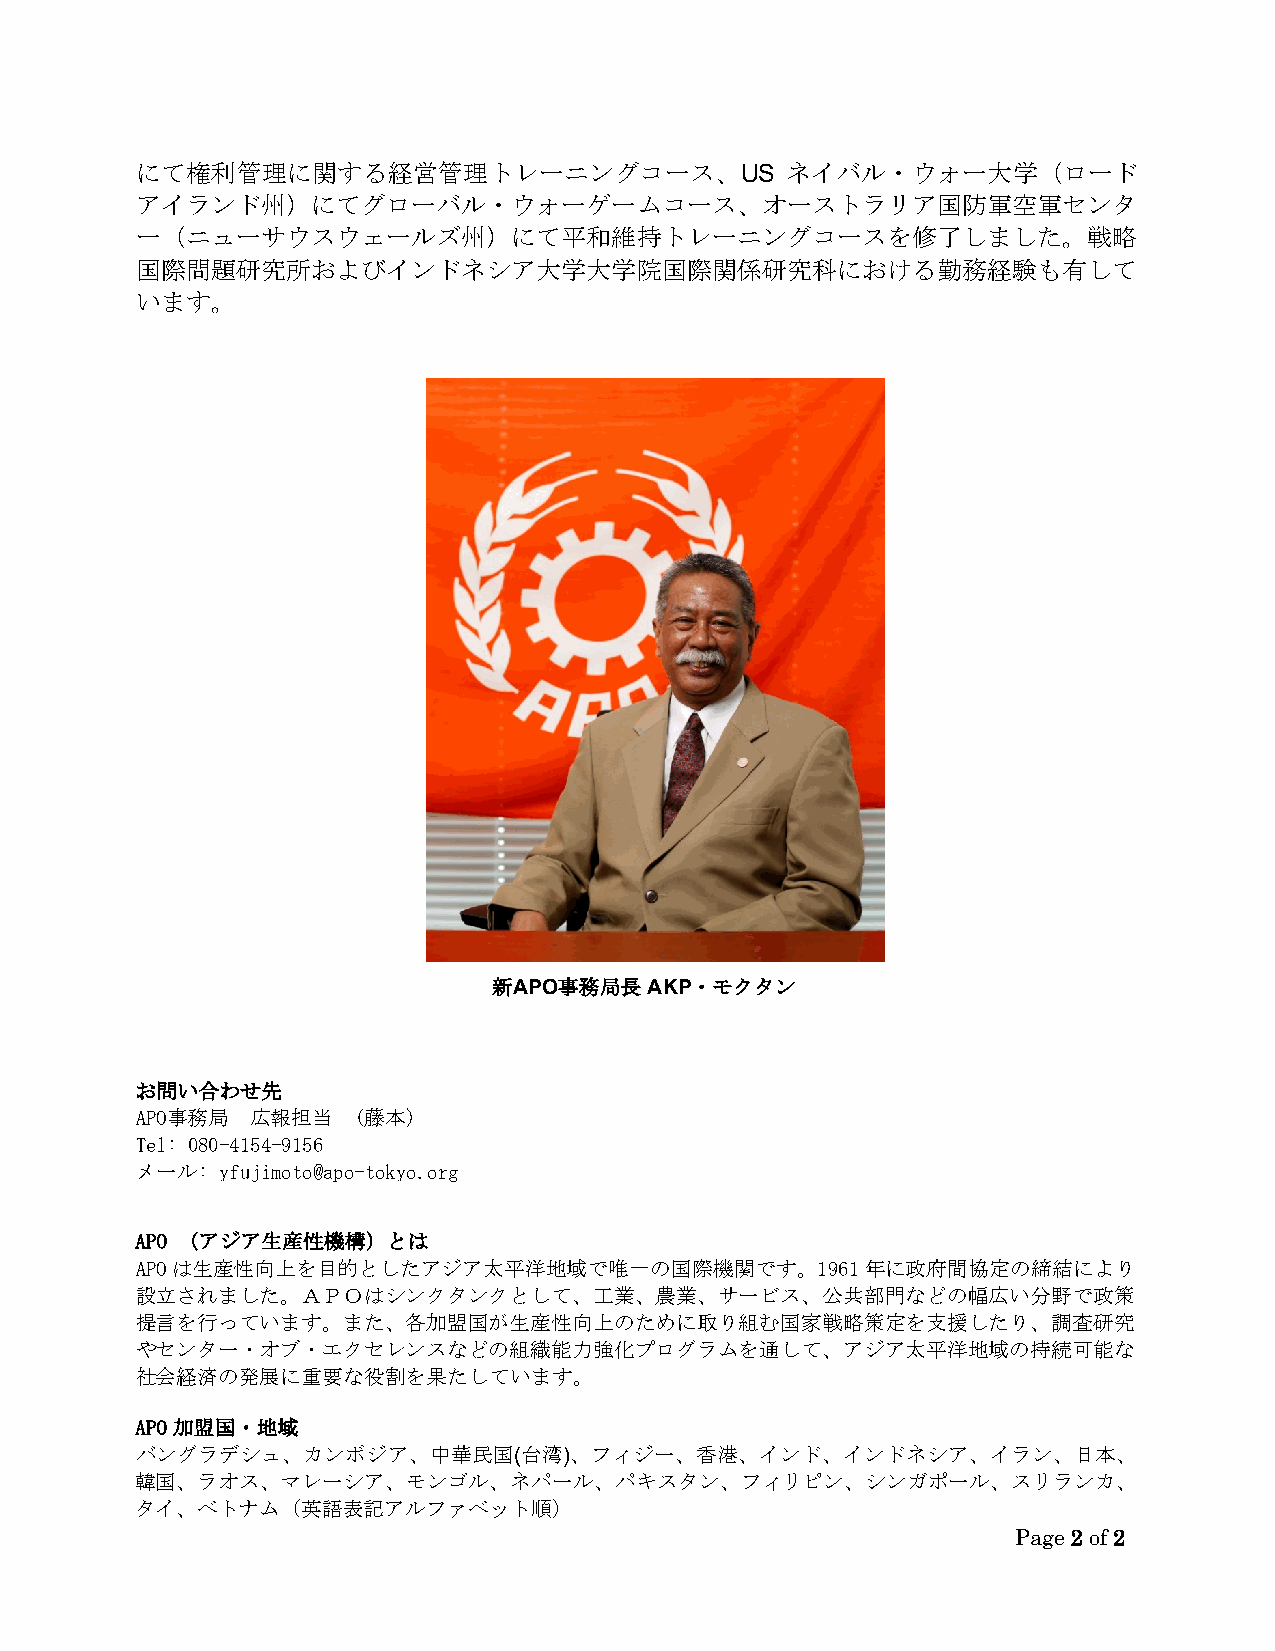
にて権利管理に関する経営管理トレーニングコース、US                 ネイバル・ウォー大学（ロード
 アイランド州）にてグローバル・ウォーゲームコース、オーストラリア国防軍空軍センタ
 ー（ニューサウスウェールズ州）にて平和維持トレーニングコースを修了しました。戦略
 国際問題研究所およびインドネシア大学大学院国際関係研究科における勤務経験も有して
 います。
 新APO事務局長  AKP・モクタン
 お問い合わせ先
 APO事務局  広報担当  (藤本)
 Tel: 080-4154-9156
 メール: yfujimoto@apo-tokyo.org
 APO (アジア生産性機構）とは
 APOは生産性向上を目的としたアジア太平洋地域で唯一の国際機関です。1961年に政府間協定の締結により
 設立されました。ＡＰＯはシンクタンクとして、工業、農業、サービス、公共部門などの幅広い分野で政策
 提言を行っています。また、各加盟国が生産性向上のために取り組む国家戦略策定を支援したり、調査研究
 やセンター・オブ・エクセレンスなどの組織能力強化プログラムを通して、アジア太平洋地域の持続可能な
 社会経済の発展に重要な役割を果たしています。
 APO 加盟国・地域
 バングラデシュ、カンボジア、中華民国(台湾)、フィジー、香港、インド、インドネシア、イラン、日本、
 韓国、ラオス、マレーシア、モンゴル、ネパール、パキスタン、フィリピン、シンガポール、スリランカ、
 タイ、ベトナム（英語表記アルファベット順）
 Page 2 of 2